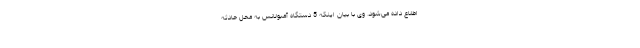
اطلاع داده می‌شود. وی با بیان اینکه 5 دستگاه آمبولانس به محل حادثه